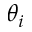
\theta _ { i }